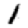
Digit: 1